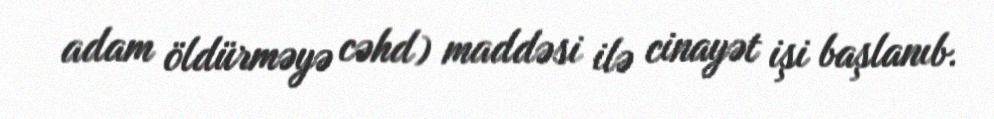
adam öldürməyə cəhd) maddəsi ilə cinayət işi başlanıb.